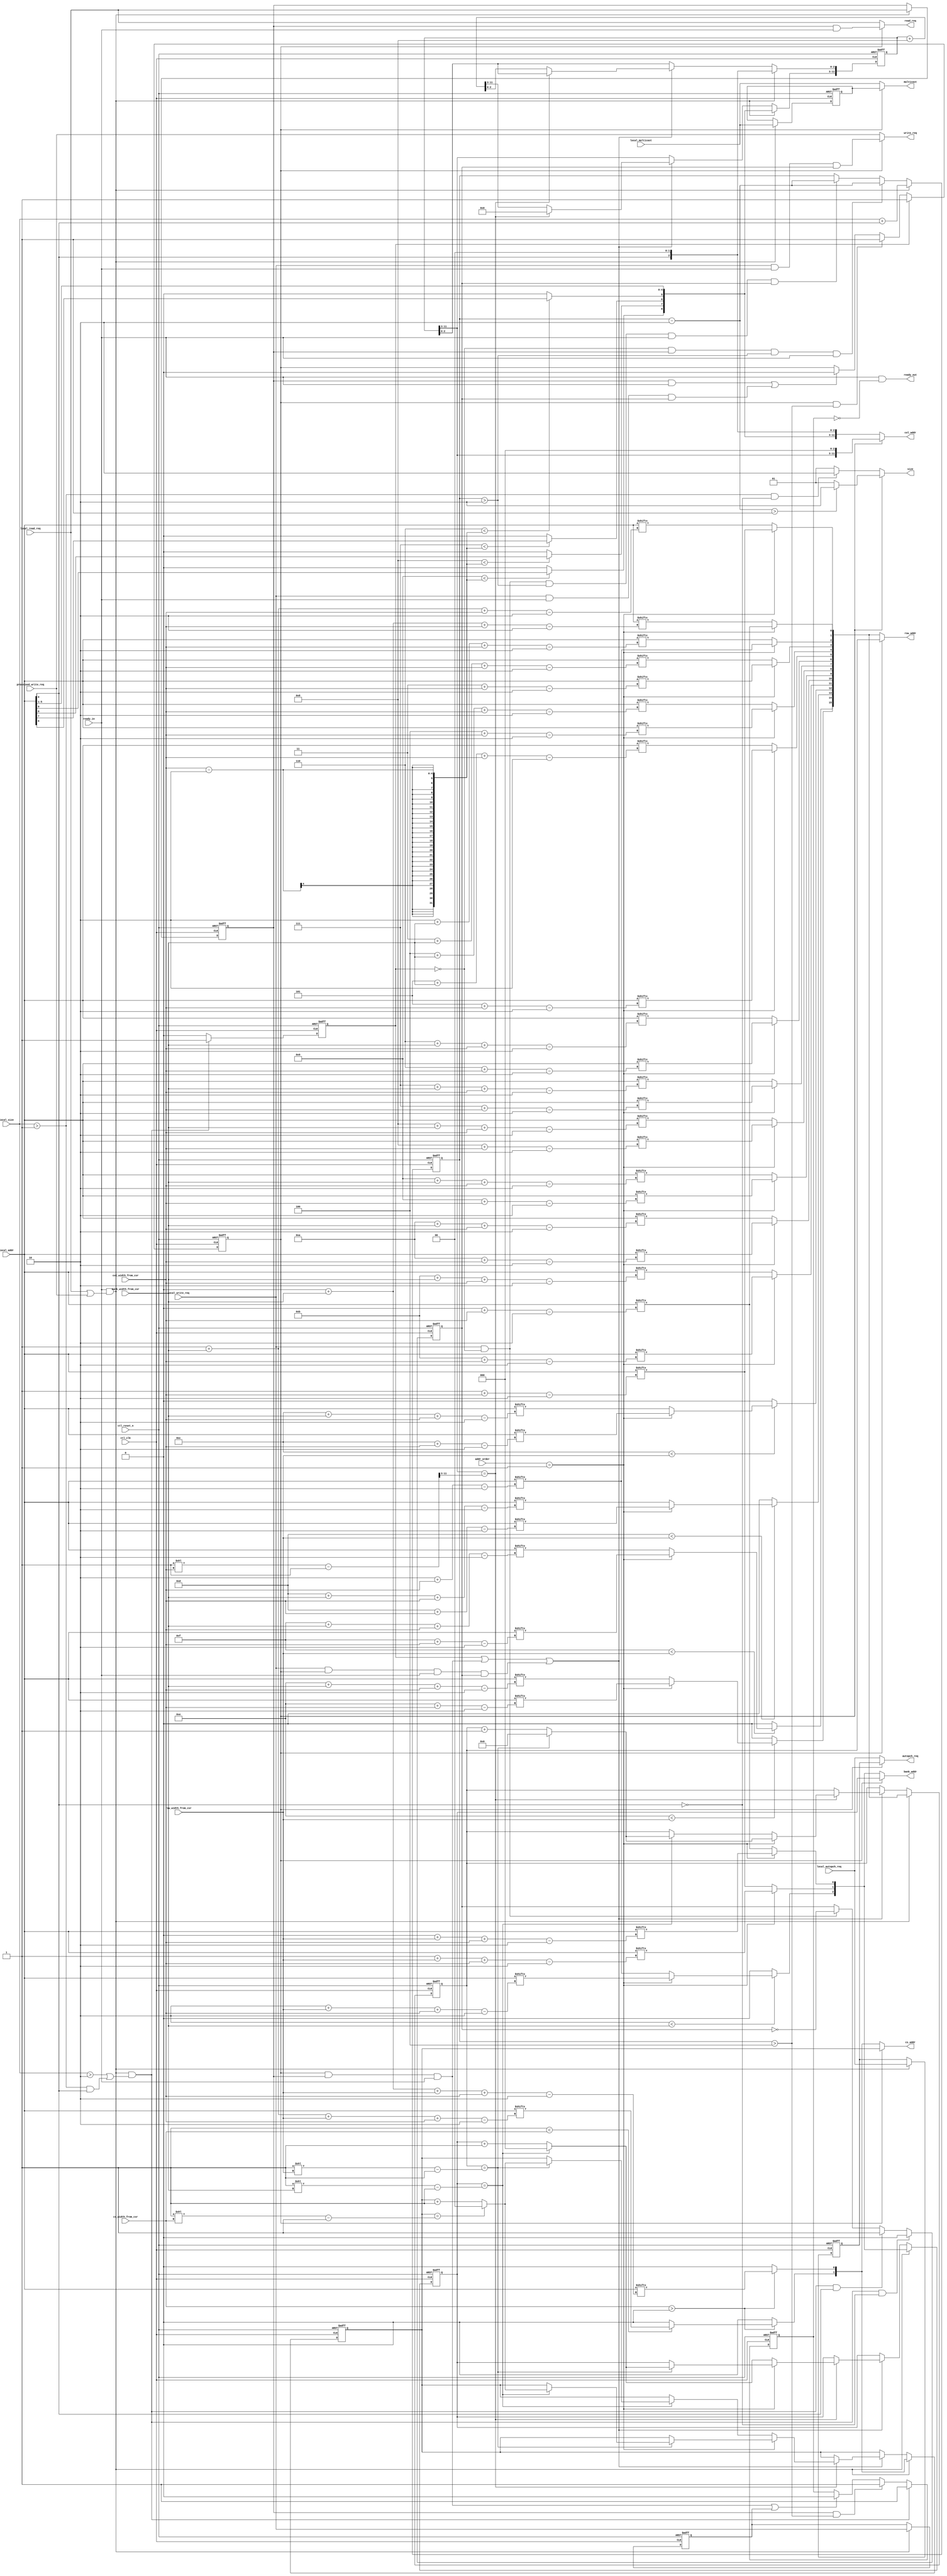
//Legal Notice: (C)2010 Altera Corporation. All rights reserved.  Your
//use of Altera Corporation's design tools, logic functions and other
//software and tools, and its AMPP partner logic functions, and any
//output files any of the foregoing (including device programming or
//simulation files), and any associated documentation or information are
//expressly subject to the terms and conditions of the Altera Program
//License Subscription Agreement or other applicable license agreement,
//including, without limitation, that your use is for the sole purpose
//of programming logic devices manufactured by Altera and sold by Altera
//or its authorized distributors.  Please refer to the applicable
//agreement for further details.

///////////////////////////////////////////////////////////////////////////////
// Title         : DDR command translator/generator block
//
//
// Abstract      : Command generator block
///////////////////////////////////////////////////////////////////////////////

`timescale 1 ps / 1 ps
module alt_ddrx_cmd_gen
    # (parameter
    
        MEM_IF_CSR_COL_WIDTH        = 4,
        MEM_IF_CSR_ROW_WIDTH        = 5,
        MEM_IF_CSR_BANK_WIDTH       = 2,
        MEM_IF_CSR_CS_WIDTH         = 2, 
        MEM_IF_ROW_WIDTH            = 16,
        MEM_IF_COL_WIDTH            = 12,
        MEM_IF_BA_WIDTH             = 3, 
        MEM_IF_CHIP_BITS            = 2, 
        LOCAL_ADDR_WIDTH            = 33,
        INTERNAL_SIZE_WIDTH         = 6,
        DWIDTH_RATIO                = 4,
        MEMORY_BURSTLENGTH          = 8,
        MIN_COL                     = 8,
        MIN_ROW                     = 12,
        MIN_BANK                    = 2,
        MIN_CS                      = 1
        
    )
    (
    
        ctl_clk,
        ctl_reset_n,
        
        //local input
        local_read_req,
        local_write_req,
        processed_write_req,
        local_size,
        local_autopch_req,
        local_addr,
        local_multicast,
        
		//input from CSR
		addr_order,
        col_width_from_csr,
        row_width_from_csr,
        bank_width_from_csr,
        cs_width_from_csr,
        
		//misc
        ready_out,
        ready_in,
		
		//output
        read_req,
        write_req,
        size,
        autopch_req,
        cs_addr,
        bank_addr,
        row_addr,
        col_addr,
        multicast
    );
    
    localparam   MAX_COL              = MEM_IF_COL_WIDTH;
    localparam   MAX_ROW              = MEM_IF_ROW_WIDTH;
    localparam   MAX_BANK             = MEM_IF_BA_WIDTH;
    localparam   MAX_CS               = MEM_IF_CHIP_BITS;
    
    input                                 ctl_clk;
    input                                 ctl_reset_n;
    
    input 		     		              local_read_req;
	input 		     		              local_write_req;
    input                                 processed_write_req;
	input [INTERNAL_SIZE_WIDTH-1:0]       local_size;
	input		     		              local_autopch_req;
	input [LOCAL_ADDR_WIDTH-1:0]          local_addr;
    input                                 local_multicast;
    
    input [1:0]	addr_order;
    input [MEM_IF_CSR_COL_WIDTH-1:0]      col_width_from_csr;
	input [MEM_IF_CSR_ROW_WIDTH-1:0]      row_width_from_csr;
    input [MEM_IF_CSR_BANK_WIDTH-1:0]     bank_width_from_csr;
    input [MEM_IF_CSR_CS_WIDTH-1:0]       cs_width_from_csr; 
    
    output                                ready_out;
    input                                 ready_in;
    
    output 		     		              read_req;
	output 		     		              write_req;
	output [1:0]                          size;
	output		     		              autopch_req;
	output [MEM_IF_CHIP_BITS-1:0]         cs_addr;
    output [MEM_IF_BA_WIDTH-1:0]          bank_addr;
    output [MEM_IF_ROW_WIDTH-1:0]         row_addr;
    output [MEM_IF_COL_WIDTH-1:0]         col_addr;
    output                                multicast;
	
    integer                               n;
	integer                               j;
	integer                               k;
	integer                               m;
    
    reg [MEM_IF_CHIP_BITS-1:0]            cs_addr;
	reg [MEM_IF_BA_WIDTH-1:0]             bank_addr;
	reg [MEM_IF_ROW_WIDTH-1:0]            row_addr;
	reg [MEM_IF_COL_WIDTH-1:0]            col_addr;
    
	reg [MEM_IF_CHIP_BITS-1:0]            int_cs_addr;
	reg [MEM_IF_BA_WIDTH-1:0]             int_bank_addr;
	reg [MEM_IF_ROW_WIDTH-1:0]            int_row_addr;
	reg [MEM_IF_COL_WIDTH-1:0]            int_col_addr;
    
    reg  		     		              read_req;
	reg  		     		              write_req;
	reg [1:0]                             size;
	reg                                   autopch_req;
    reg                                   multicast;
    
    reg                                buf_read_req;
	reg                                buf_write_req;
	reg                                buf_autopch_req;
    reg                                buf_multicast;
    
	reg [INTERNAL_SIZE_WIDTH-1:0]      buf_size;
	reg [MEM_IF_CHIP_BITS-1:0]         buf_cs_addr;
    reg [MEM_IF_BA_WIDTH-1:0]          buf_bank_addr;
    reg [MEM_IF_ROW_WIDTH-1:0]         buf_row_addr;
    reg [MEM_IF_COL_WIDTH-1:0]         buf_col_addr;
    
    reg [INTERNAL_SIZE_WIDTH-1:0]      decrmntd_size;
    reg [MEM_IF_CHIP_BITS-1:0]         incrmntd_cs_addr;
    reg [MEM_IF_BA_WIDTH-1:0]          incrmntd_bank_addr;
    reg [MEM_IF_ROW_WIDTH-1:0]         incrmntd_row_addr;
    reg [MEM_IF_COL_WIDTH-1:0]         incrmntd_col_addr;
    
    wire    [MEM_IF_CHIP_BITS-1:0]      max_chip_from_csr;
    wire    [MEM_IF_BA_WIDTH-1:0]       max_bank_from_csr;
    wire    [MEM_IF_ROW_WIDTH-1:0]      max_row_from_csr;
    wire    [MEM_IF_COL_WIDTH-1:0]      max_col_from_csr;
    
    wire    copy;
    wire    unaligned_burst;
    wire    require_gen;
    reg     hold_ready;
    reg     registered;
    reg     generating;
    reg     pass_write;
    
    //=======================   local_addr remapping   ===========================
    
    //derive column address from local_addr
    always @(*) 
    begin : Col_addr_loop
        int_col_addr[MIN_COL - DWIDTH_RATIO/2 - 1 : 0] = local_addr[MIN_COL - DWIDTH_RATIO/2 - 1 : 0];    
        for (n=MIN_COL - DWIDTH_RATIO/2; n<MAX_COL; n=n+1'b1) begin
            if(n < col_width_from_csr - DWIDTH_RATIO/2) begin // bit of col_addr can be configured in CSR using col_width_from_csr
                 int_col_addr[n] = local_addr[n]; 
            end
            else begin
                 int_col_addr[n] = 1'b0; 
            end    
        end
        int_col_addr = (int_col_addr << (log2 (DWIDTH_RATIO)));
    end
    
    //derive row address from local_addr
    always @(*) 
    begin : Row_addr_loop
        for (j=0; j<MIN_ROW; j=j+1'b1) begin    //The purpose of using this for-loop is to get rid of "if(j < row_width_from_csr) begin" which causes multiplexers
            if(addr_order == 2'd1)  // local_addr can arrange in 2 patterns depending on addr_order (i) cs, bank, row, col (ii) cs, row, bank, col
                    int_row_addr[j] = local_addr[j + col_width_from_csr - DWIDTH_RATIO/2];  //address order pattern 1
            else  // addr_order == 2'd0 or others
                    int_row_addr[j] = local_addr[j + bank_width_from_csr + col_width_from_csr - DWIDTH_RATIO/2]; //address order pattern 2
        end
        for (j=MIN_ROW; j<MAX_ROW; j=j+1'b1) begin               
            if(j < row_width_from_csr) begin    // bit of row_addr can be configured in CSR using row_width_from_csr
                if(addr_order == 2'd1)
                    int_row_addr[j] = local_addr[j + col_width_from_csr - DWIDTH_RATIO/2]; //address order pattern 1
                else  // addr_order == 2'd0 or others
                    int_row_addr[j] = local_addr[j + bank_width_from_csr + col_width_from_csr - DWIDTH_RATIO/2]; //address order pattern 2
            end
            else begin
                int_row_addr[j] = 1'b0;  
            end
        end
    end
    
    always @(*) 
    begin : Bank_addr_loop
        for (k=0; k<MIN_BANK; k=k+1'b1) begin    //The purpose of using this for-loop is to get rid of "if(k < bank_width_from_csr) begin" which causes multiplexers
            if(addr_order == 2'd1) // local_addr can arrange in 2 patterns depending on addr_order (i) cs, bank, row, col (ii) cs, row, bank, col
                    int_bank_addr[k] = local_addr[k + row_width_from_csr + col_width_from_csr - DWIDTH_RATIO/2]; //address order pattern 1
                else  // addr_order == 2'd0 or others
                    int_bank_addr[k] = local_addr[k + col_width_from_csr - DWIDTH_RATIO/2]; //address order pattern 2
        end
        for (k=MIN_BANK; k<MAX_BANK; k=k+1'b1) begin               
            if(k < bank_width_from_csr) begin   // bit of bank_addr can be configured in CSR using bank_width_from_csr
                if(addr_order == 2'd1)
                    int_bank_addr[k] = local_addr[k + row_width_from_csr + col_width_from_csr - DWIDTH_RATIO/2]; //address order pattern 1
                else  // addr_order == 2'd0 or others
                    int_bank_addr[k] = local_addr[k + col_width_from_csr - DWIDTH_RATIO/2]; //address order pattern 2
            end
            else begin
                int_bank_addr[k] = 1'b0; 
            end
         end
    end
      
    always @(*) 
    begin
        m=0;
        if (cs_width_from_csr > 1'b0) begin    //if cs_width_from_csr =< 1'b1, local_addr doesn't have cs_addr bit
            for (m=0; m<MIN_CS; m=m+1'b1) begin  //The purpose of using this for-loop is to get rid of "if(m < cs_width_from_csr) begin" which causes multiplexers
                int_cs_addr[m] = local_addr[m + bank_width_from_csr + row_width_from_csr + col_width_from_csr - DWIDTH_RATIO/2]; 
            end
            for (m=MIN_CS; m<MAX_CS; m=m+1'b1) begin                
                if(m < cs_width_from_csr) begin     // bit of cs_addr can be configured in CSR using cs_width_from_csr
                    int_cs_addr[m] = local_addr[m + bank_width_from_csr + row_width_from_csr + col_width_from_csr - DWIDTH_RATIO/2]; 
                end    
                else begin
                    int_cs_addr[m] = 1'b0;
                end
            end
        end
        else begin 
            int_cs_addr = {MEM_IF_CHIP_BITS{1'b0}}; //if MEM_IF_CS_WIDTH = 1, then set cs_addr to 0 (one chip, one rank)
        end
    end
    
    //=====================   end of local_addr remapping   =========================
    
    // csr wiring
    assign  max_chip_from_csr   =   (2**cs_width_from_csr) - 1'b1;
    assign  max_bank_from_csr   =   (2**bank_width_from_csr) - 1'b1;
    assign  max_row_from_csr    =   (2**row_width_from_csr) - 1'b1;
    assign  max_col_from_csr    =   (2**col_width_from_csr) - 1'b1;
    
    assign  ready_out   =   ready_in & ~hold_ready;
    assign  copy    =   ready_in & (local_read_req | processed_write_req);
    assign  unaligned_burst   =   (DWIDTH_RATIO == 2 && int_col_addr[1]) || (DWIDTH_RATIO == 4 && int_col_addr[2]);
    assign  require_gen =   local_size > 2 | (local_size > 1 & unaligned_burst);
    
    always @(posedge ctl_clk, negedge ctl_reset_n)
        begin
            if (!ctl_reset_n)
                hold_ready  <=  0;
            else
                begin
                    if (copy && require_gen)
                        hold_ready  <=  1;
                    else if (buf_read_req && buf_size > 4)
                        hold_ready  <=  1;
                    else if ((generating && buf_read_req && ready_in) || (buf_write_req))
                        hold_ready  <=  0;
                end
        end
    
    always @(posedge ctl_clk, negedge ctl_reset_n)
        begin
            if (!ctl_reset_n)
                registered  <=  0;
            else
                begin
                    if (copy && require_gen)
                        registered  <=  1;
                    else
                        registered  <=  0;
                end
        end
    
    always @(posedge ctl_clk, negedge ctl_reset_n)
        begin
            if (!ctl_reset_n)
                generating  <=  0;
            else
                begin
                    if (registered)
                        generating  <=  1;
                    else if (generating && buf_size > 4)
                        generating  <=  1;
                    else if ((buf_read_req && ready_in) || (local_write_req && ready_in && pass_write))
                        generating  <=  0;
                end
        end
    
    always @(*)
        begin
            if (INTERNAL_SIZE_WIDTH > 1)
                begin
                    if (!generating)
                        if (local_size > 1 && !unaligned_burst)
                            size    <=  2;
                        else
                            size    <=  1;
                    else
                        if (decrmntd_size > 1)
                            size    <=  2;
                        else
                            size    <=  1;
                end
            else
                size    <=  1;
        end
    
    always @(*)
        if (!generating) // not generating so take direct input from avalon if
            begin
                read_req    <=  local_read_req;
                write_req   <=  processed_write_req;
                autopch_req <=  local_autopch_req;
                multicast   <=  local_multicast;
                cs_addr     <=  int_cs_addr;
                bank_addr   <=  int_bank_addr;
                row_addr    <=  int_row_addr;
                col_addr    <=  int_col_addr;
            end
        else // generating cmd so process buffer content
            begin
                read_req    <=  buf_read_req & ready_in;
                write_req   <=  local_write_req & ready_in & pass_write;
                autopch_req <=  buf_autopch_req;
                multicast   <=  buf_multicast;
                cs_addr     <=  incrmntd_cs_addr;
                bank_addr   <=  incrmntd_bank_addr;
                row_addr    <=  incrmntd_row_addr;
                if (DWIDTH_RATIO == 2)
                    col_addr    <=  {incrmntd_col_addr[MEM_IF_COL_WIDTH-1:2],2'b00};
                else
                    col_addr    <=  {incrmntd_col_addr[MEM_IF_COL_WIDTH-1:3],3'b000};
            end
    
    always @(posedge ctl_clk, negedge ctl_reset_n)
        begin
            if (!ctl_reset_n)
                pass_write  <=  0;
            else
                begin
                    if (copy && require_gen && !unaligned_burst)
                        pass_write  <=  0;
                    else if (copy && require_gen && unaligned_burst)
                        pass_write  <=  1;
                    else if (local_write_req && !registered)
                        pass_write  <=  ~pass_write;
                end
        end
    
    always @(posedge ctl_clk, negedge ctl_reset_n)
        begin
            if (!ctl_reset_n)
                begin
                    buf_read_req    <=  1'b0;
                    buf_write_req   <=  1'b0;
                    buf_autopch_req <=  1'b0;
                    buf_multicast   <=  1'b0;
                end
            else
                if (copy)
                    begin
                        buf_read_req    <=  local_read_req;
                        buf_write_req   <=  local_write_req;
                        buf_autopch_req <=  local_autopch_req;
                        buf_multicast   <=  local_multicast;
                    end
        end
    
    always @(posedge ctl_clk, negedge ctl_reset_n)
        begin
            if (!ctl_reset_n)
                buf_size    <=  0;
            else
                begin
                    if (copy)
                        buf_size    <=  local_size + unaligned_burst;
                    else if (!registered && buf_read_req && buf_size > 2 && ready_in)
                        buf_size    <=  buf_size - 2'b10;
                    else if (!registered && local_write_req && buf_size > 2 && ready_in && pass_write)
                        buf_size    <=  buf_size - 2'b10;
                end
        end
    
    always @(*)
        decrmntd_size   <=  buf_size - 2'b10;
    
    always @(posedge ctl_clk, negedge ctl_reset_n)
        begin
            if (!ctl_reset_n)
                begin
                    buf_cs_addr     <=  0;
                    buf_bank_addr   <=  0;
                    buf_row_addr    <=  0;
                    buf_col_addr    <=  0;
                end
            else
                if (copy)
                    begin
                        buf_cs_addr     <=  int_cs_addr;
                        buf_bank_addr   <=  int_bank_addr;
                        buf_row_addr    <=  int_row_addr;
                        buf_col_addr    <=  int_col_addr;
                    end
                else if (registered || (buf_read_req && generating && ready_in) || (local_write_req && generating && ready_in && pass_write))
                    if ((MEMORY_BURSTLENGTH == 8 && buf_col_addr[MEM_IF_COL_WIDTH-1:3] == max_col_from_csr[MEM_IF_COL_WIDTH-1:3]) || (MEMORY_BURSTLENGTH == 4 && buf_col_addr[MEM_IF_COL_WIDTH-1:2] == max_col_from_csr[MEM_IF_COL_WIDTH-1:2]))
                        begin
                            if (MEMORY_BURSTLENGTH == 8)
                                buf_col_addr[MEM_IF_COL_WIDTH-1:3]   <=  0;
                            else
                                buf_col_addr[MEM_IF_COL_WIDTH-1:2]   <=  0;
                            
                            if (addr_order == 1) // 1 is chipbankrowcol
                                begin
                                    if (buf_row_addr == max_row_from_csr)
                                        begin
                                            buf_row_addr <=  0;
                                            if (buf_bank_addr == max_bank_from_csr)
                                                begin
                                                    buf_bank_addr <=  0;
                                                    if (buf_cs_addr == max_chip_from_csr)
                                                        buf_cs_addr    <=  0;
                                                    else
                                                        buf_cs_addr <=  buf_cs_addr + 1'b1;
                                                end
                                            else
                                                buf_bank_addr <=  buf_bank_addr + 1'b1;
                                        end
                                    else
                                        buf_row_addr <=  buf_row_addr + 1'b1;
                                end
                            else // 0 is chiprowbankcol
                                begin
                                    if (buf_bank_addr == max_bank_from_csr)
                                        begin
                                            buf_bank_addr <=  0;
                                            if (buf_row_addr == max_row_from_csr)
                                                begin
                                                    buf_row_addr <=  0;
                                                    if (buf_cs_addr == max_chip_from_csr)
                                                        buf_cs_addr    <=  0;
                                                    else
                                                        buf_cs_addr <=  buf_cs_addr + 1'b1;
                                                end
                                            else
                                                buf_row_addr <=  buf_row_addr + 1'b1;
                                        end
                                    else
                                        buf_bank_addr <=  buf_bank_addr + 1'b1;
                                end
                        end
                    else
                        begin
                            if (MEMORY_BURSTLENGTH == 8)
                                buf_col_addr <=  buf_col_addr + 4'b1000;
                            else
                                buf_col_addr <=  buf_col_addr + 3'b100;
                        end
        end
    
    always @(*)
        begin
            incrmntd_cs_addr    =   buf_cs_addr;
            incrmntd_bank_addr  =   buf_bank_addr;
            incrmntd_row_addr   =   buf_row_addr;
            incrmntd_col_addr   =   buf_col_addr;
        end
    
    function integer log2;  //constant function
       input integer value;
       begin
           for (log2=0; value>0; log2=log2+1)
               value = value>>1;
           log2 = log2 - 1;
       end
    endfunction

endmodule